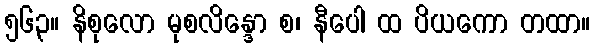
၅၆၃။ နိစုလော မုစလိန္ဒော စ၊ နီပေါ ထ ပိယကော တထာ။